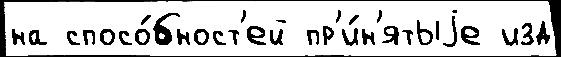
на спосо́бност'ей пр'и́н'ятыjе изд